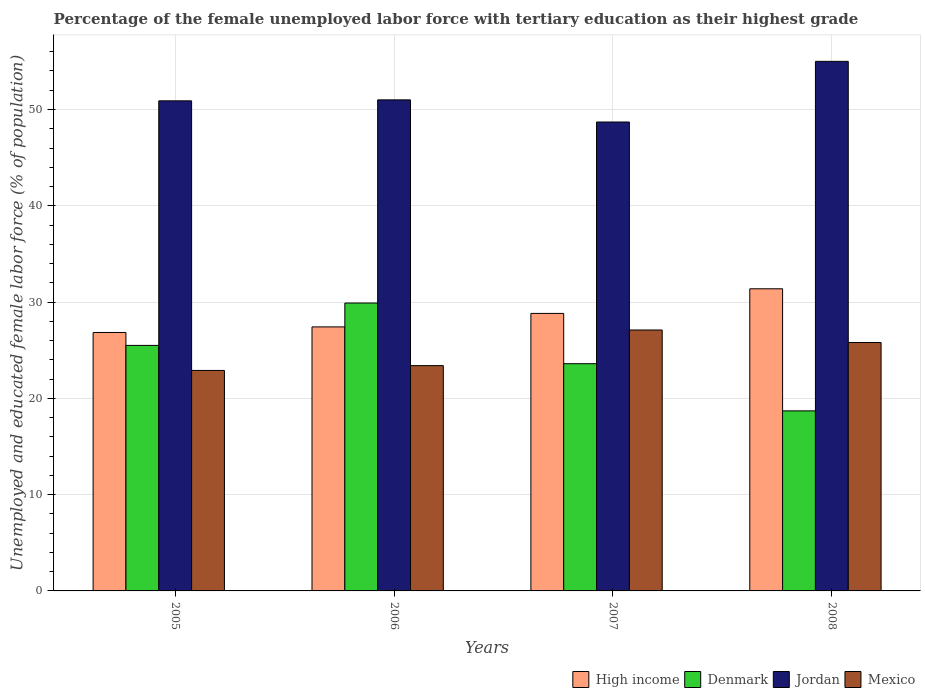
| Years | High income | Denmark | Jordan | Mexico |
 | --- | --- | --- | --- | --- |
 | 2005 | 26.8 | 25.5 | 50.9 | 22.9 |
 | 2006 | 27.4 | 29.9 | 51 | 23.4 |
 | 2007 | 28.8 | 23.6 | 48.7 | 27.1 |
 | 2008 | 31.4 | 18.7 | 55 | 25.8 |